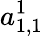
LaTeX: a_{1,1}^{1}